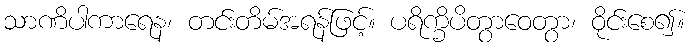
သာဏိပါကာရေန၊ တင်းတိမ်အရန်ဖြင့်။ ပရိက္ခိပိတွာဝေတွာ၊ ဝိုင်းစေ၍။